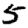
Digit: 5